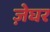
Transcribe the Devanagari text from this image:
ज़ेघर